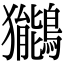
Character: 𫛖